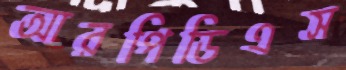
আরপিডিএস